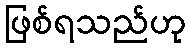
ဖြစ်ရသည်ဟု